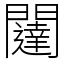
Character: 闥